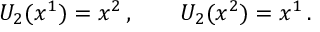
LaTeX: U _ { 2 } ( x ^ { 1 } ) = x ^ { 2 } \, , \qquad U _ { 2 } ( x ^ { 2 } ) = x ^ { 1 } \, .